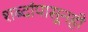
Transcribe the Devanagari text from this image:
शब्दांपासूनही